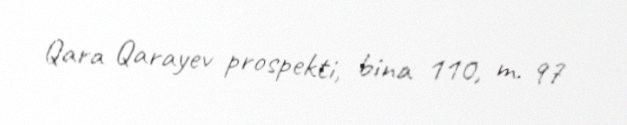
Qara Qarayev prospekti, bina 110, m. 97